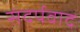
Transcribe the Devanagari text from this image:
संदर्पवाद